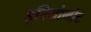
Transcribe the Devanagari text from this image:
इरियोमोट